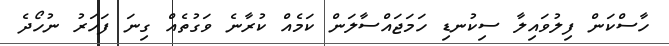
ހާސްކަން ފިލުވައިލާ ސިކުނޑި ހަމަޖައްސާލަން ކަމެއް ކުރާނެ ވަގުތެއް ގިނަ ފަހަރު ނުހޯދެ